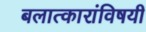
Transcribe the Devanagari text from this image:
बलात्कारांविषयी